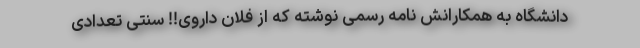
دانشگاه به همکارانش نامه رسمی نوشته که از فلان داروی!! سنتی تعدادی